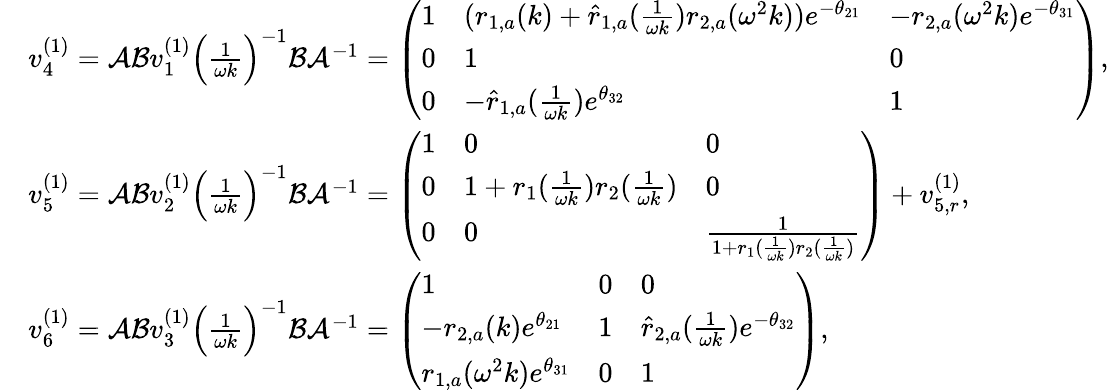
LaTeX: \begin{array}{rl}&{v_{4}^{(1)}=\mathcal{A}\mathcal{B}v_{1}^{(1)}\Big(\frac{1}{\omega k}\Big)^{-1}\mathcal{B}\mathcal{A}^{-1}=\left(\begin{array}{lll}{1}&{(r_{1,a}(k)+\hat{r}_{1,a}(\frac{1}{\omega k})r_{2,a}(\omega^{2}k))e^{-\theta_{21}}}&{-r_{2,a}(\omega^{2}k)e^{-\theta_{31}}}\\ {0}&{1}&{0}\\ {0}&{-\hat{r}_{1,a}(\frac{1}{\omega k})e^{\theta_{32}}}&{1}\end{array}\right),}\\ &{v_{5}^{(1)}=\mathcal{A}\mathcal{B}v_{2}^{(1)}\Big(\frac{1}{\omega k}\Big)^{-1}\mathcal{B}\mathcal{A}^{-1}=\left(\begin{array}{lll}{1}&{0}&{0}\\ {0}&{1+r_{1}(\frac{1}{\omega k})r_{2}(\frac{1}{\omega k})}&{0}\\ {0}&{0}&{\frac{1}{1+r_{1}(\frac{1}{\omega k})r_{2}(\frac{1}{\omega k})}}\end{array}\right)+v_{5,r}^{(1)},}\\ &{v_{6}^{(1)}=\mathcal{A}\mathcal{B}v_{3}^{(1)}\Big(\frac{1}{\omega k}\Big)^{-1}\mathcal{B}\mathcal{A}^{-1}=\left(\begin{array}{lll}{1}&{0}&{0}\\ {-r_{2,a}(k)e^{\theta_{21}}}&{1}&{\hat{r}_{2,a}(\frac{1}{\omega k})e^{-\theta_{32}}}\\ {r_{1,a}(\omega^{2}k)e^{\theta_{31}}}&{0}&{1}\end{array}\right),}\end{array}